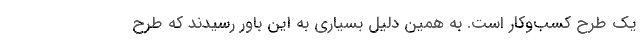
یک طرح کسب‌وکار است. به همین دلیل بسیاری به این باور رسیدند که طرح